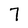
Character: 7